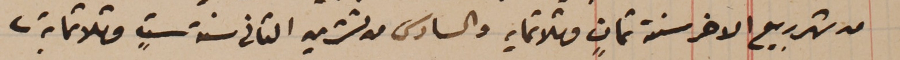
من شهر ربيع الاخر سنة ثمانٍ وثلاثمايه والسادس من تشرين الثانى سنة ستٍ وثلاثماية.